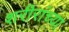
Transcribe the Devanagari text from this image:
शरीरांच्या